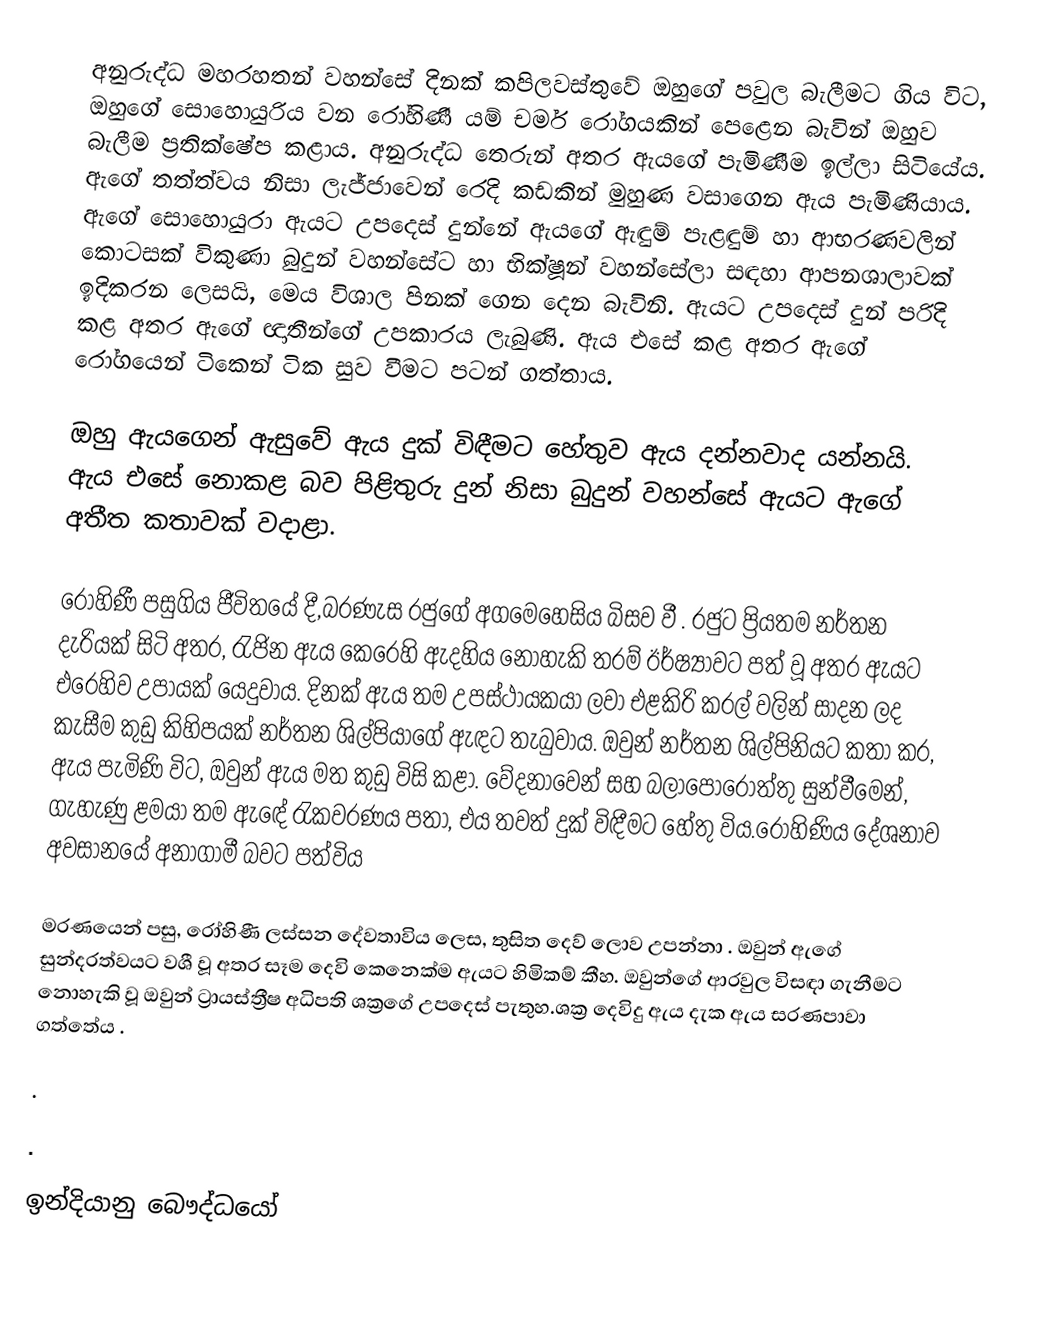
අනුරුද්ධ මහරහතන් වහන්සේ දිනක් කපිලවස්තුවේ ඔහුගේ පවුල බැලීමට ගිය විට, ඔහුගේ සොහොයුරිය වන රෝහිණී යම් චර්ම රෝගයකින් පෙළෙන බැවින් ඔහුව බැලීම ප්‍රතික්ෂේප කළාය. අනුරුද්ධ තෙරුන්  අතර ඇයගේ පැමිණීම ඉල්ලා සිටියේය. ඇගේ තත්ත්වය නිසා ලැජ්ජාවෙන් රෙදි කඩකින් මුහුණ වසාගෙන ඇය පැමිණියාය. ඇගේ සොහොයුරා ඇයට උපදෙස් දුන්නේ ඇයගේ ඇඳුම් පැළඳුම් හා ආභරණවලින් කොටසක් විකුණා බුදුන් වහන්සේට හා භික්ෂූන් වහන්සේලා සඳහා ආපනශාලාවක් ඉදිකරන ලෙසයි, මෙය විශාල පිනක් ගෙන දෙන බැවිනි.  ඇයට උපදෙස් දුන් පරිදි කළ අතර ඇගේ ඥාතීන්ගේ උපකාරය ලැබුණි.  ඇය එසේ කළ අතර ඇගේ රෝගයෙන් ටිකෙන් ටික සුව වීමට පටන් ගත්තාය.

ඔහු ඇයගෙන් ඇසුවේ ඇය දුක් විඳීමට හේතුව ඇය දන්නවාද යන්නයි. ඇය එසේ නොකළ බව පිළිතුරු දුන් නිසා බුදුන් වහන්සේ ඇයට ඇගේ අතීත කතාවක් වදාළා.

රෝහිණී  පසුගිය ජීවිතයේ දී,බරණැස  රජුගේ අගමෙහෙසිය බිසව වී . රජුට ප්‍රියතම නර්තන දැරියක් සිටි අතර, රැජින ඇය කෙරෙහි ඇදහිය නොහැකි තරම් ඊර්ෂ්‍යාවට පත් වූ අතර ඇයට එරෙහිව උපායක් යෙදුවාය. දිනක් ඇය තම උපස්ථායකයා ලවා එළකිරි කරල් වලින් සාදන ලද කැසීම කුඩු කිහිපයක් නර්තන ශිල්පියාගේ ඇඳට තැබුවාය. ඔවුන් නර්තන ශිල්පිනියට කතා කර, ඇය පැමිණි විට, ඔවුන් ඇය මත කුඩු විසි කළා. වේදනාවෙන් සහ බලාපොරොත්තු සුන්වීමෙන්, ගැහැණු ළමයා තම ඇඳේ රැකවරණය පතා, එය තවත් දුක් විඳීමට හේතු විය.රෝහිණිය දේශනාව අවසානයේ අනාගාමී බවට පත්විය

මරණයෙන් පසු, රෝහිණී  ලස්සන දේවතාවිය ලෙස, තුසිත දෙව් ලොව උපන්නා . ඔවුන් ඇගේ සුන්දරත්වයට වශී වූ අතර සෑම දෙවි කෙනෙක්ම ඇයට හිමිකම් කීහ. ඔවුන්ගේ ආරවුල විසඳා ගැනීමට නොහැකි වූ ඔවුන් ට්‍රායස්ත්‍රීෂ අධිපති ශක්‍රගේ උපදෙස් පැතුහ.ශක්‍ර දෙවිදු ඇය දැක ඇය සරණපාවා ගත්තේය .

.

.

ඉන්දියානු බෞද්ධයෝ